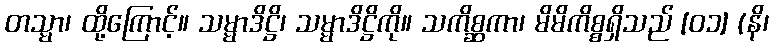
တသ္မာ၊ ထို့ကြောင့်။ သမ္မာဒိဋ္ဌိ၊ သမ္မာဒိဋ္ဌိကို။ သကိစ္ဆကာ၊ မိမိကိစ္စရှိသည် [၀၁] (နိ၊